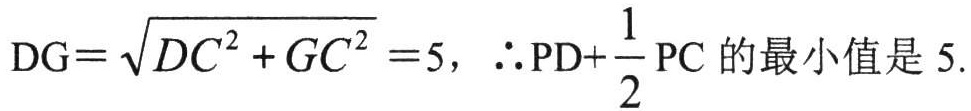
\(\text{DG}=\sqrt{DC^{2}+GC^{2}} = 5\)，\(\therefore \text{PD}+\frac{1}{2}\text{PC}\)的最小值是\(5\).